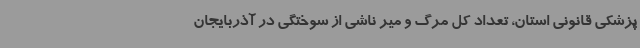
پزشکی قانونی استان، تعداد کل مرگ و میر ناشی از سوختگی در آذربایجان